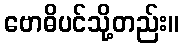
ဗောဓိပင်သို့တည်း။